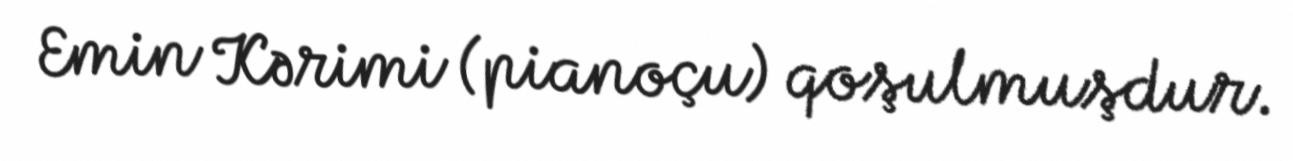
Emin Kərimi (pianoçu) qoşulmuşdur.